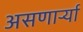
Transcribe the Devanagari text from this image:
असणार्र्या